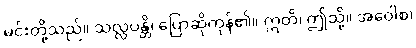
မင်းတို့သည်။ သလ္လပန္တိ၊ ပြောဆိုကုန်၏။ ဣတိ၊ ဤသို့။ အဝေါစ၊